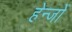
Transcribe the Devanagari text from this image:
हेन्जों